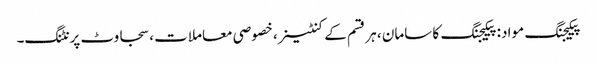
پیکیجنگ مواد: پیکیجنگ کا سامان ، ہر قسم کے کنٹینر ، خصوصی معاملات ، سجاوٹ پرنٹنگ۔